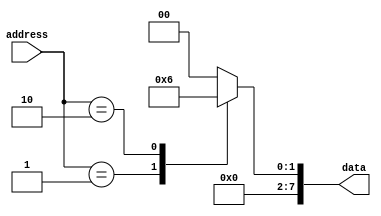
module ROM (
    input [6:0] address,
    output reg [7:0] data
);

always @(*)
begin
    case(address)
        7'b0000000: data <= 8'b00000000; // memory block 0
        7'b0000001: data <= 8'b00000001; // memory block 1
        7'b0000010: data <= 8'b00000010; // memory block 2
        // continue mapping memory blocks to address locations
        default: data <= 8'b00000000; // default value if address is not mapped
    endcase
end

endmodule